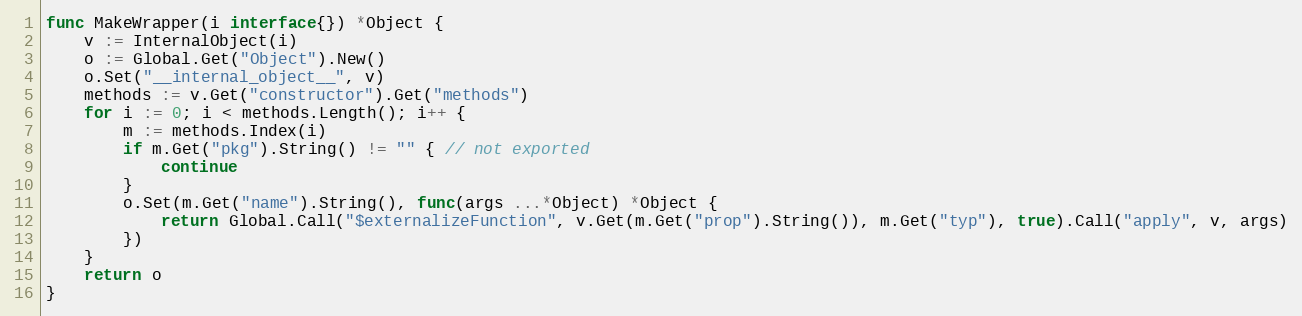
Language: Go
func MakeWrapper(i interface{}) *Object {
	v := InternalObject(i)
	o := Global.Get("Object").New()
	o.Set("__internal_object__", v)
	methods := v.Get("constructor").Get("methods")
	for i := 0; i < methods.Length(); i++ {
		m := methods.Index(i)
		if m.Get("pkg").String() != "" { // not exported
			continue
		}
		o.Set(m.Get("name").String(), func(args ...*Object) *Object {
			return Global.Call("$externalizeFunction", v.Get(m.Get("prop").String()), m.Get("typ"), true).Call("apply", v, args)
		})
	}
	return o
}